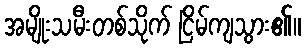
အမျိုးသမီးတစ်သိုက် ငြိမ်ကျသွား၏။